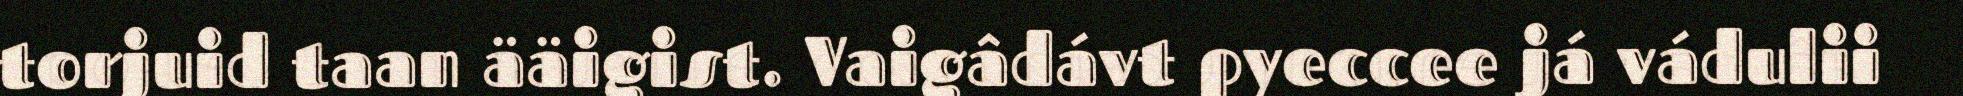
torjuid taan ääigist. Vaigâdávt pyeccee já vádulii